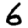
Digit: 6